Civil Veterinary Dept. North-West Frontier Province 1923-32 - 1923-1932
Year: 1923
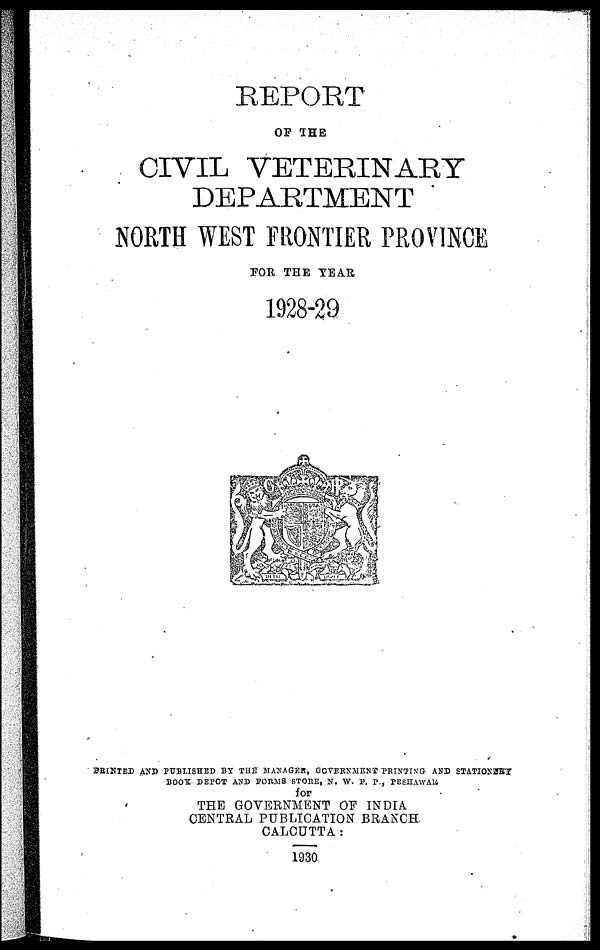
REPORT
OF THE
CIVIL VETERINARY
DEPARTMENT
NORTH WEST FRONTIER PROVINCE
FOR THE YEAR
1928-29
PRINTED AND PUBLISHED BY THE MANAGER, GOVERNMENT PRINTING AND STATIONERY
BOOK DEPOT AND FORMS STORE, N. W. F. P., PESHAWAR
for
THE GOVERNMENT OF INDIA
CENTRAL PUBLICATION BRANCH.
CALCUTTA :
1930